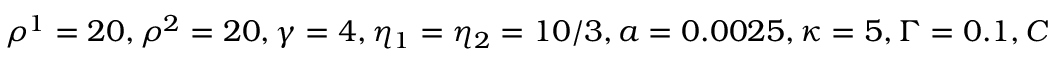
\rho ^ { 1 } = 2 0 , \rho ^ { 2 } = 2 0 , \gamma = 4 , \eta _ { 1 } = \eta _ { 2 } = 1 0 / 3 , a = 0 . 0 0 2 5 , \kappa = 5 , \Gamma = 0 . 1 , C = 0 . 1 , \zeta = 0 . 1 , K _ { L C } = 0 . 1 5 , S _ { n e m } = 1 , \lambda = 0